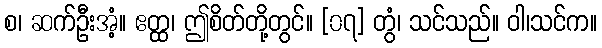
စ၊ ဆက်ဦးအံ့။ ဧတ္ထ၊ ဤစိတ်တို့တွင်။ [၀၇] တွံ၊ သင်သည်။ ဝါ၊သင်က။